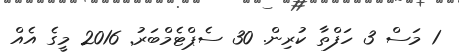
1 މަސް 3 ހަފްތާ ކުރިން. 30 ސެޕްޓެމްބަރު